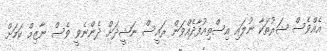
އެއްވެސް ޝަރުތަކާ ނުލައި އިސްތިއުފާދެއްވަން ރައީސް ނަޝީދަށް ދެންނެވީ ވެސް ނާޒިމް ކަމަށް